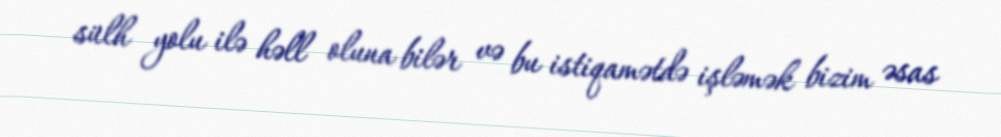
sülh yolu ilə həll oluna bilər və bu istiqamətdə işləmək bizim əsas